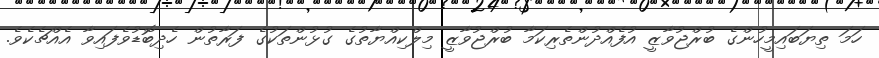
ހަމަ ތިޔަބައިމީހުންގެ ބުރްޖުވާޒީ އުފެއްދުންތެރިކަމާ ބުރްޖުވާޒީ މިލްކިއްޔާތުގެ ގުޅުންތަކުގެ ފަރާތުން ހެދިބޮޑުވެފައިވާ އެއްޗެކެވެ.